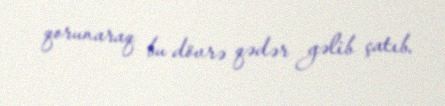
qorunaraq bu dövrə qədər gəlib çatıb.